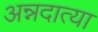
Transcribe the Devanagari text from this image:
अन्नदात्या